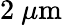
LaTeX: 2\ \mu\mathrm{m}